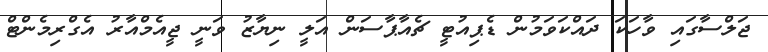
ޖަލްސާގައި ވާހަކަ ދައްކަވަމުން ޑެޕިއުޓީ ޗެއާޕާސަން އަލީ ނިޔާޒު ވަނީ ޖީއެމްއާރު އެގްރިމެންޓް